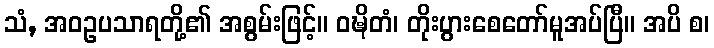
သံ, အဝဥပသာရတို့၏ အစွမ်းဖြင့်။ ဝဍ္ဎိတံ၊ တိုးပွားစေတော်မူအပ်ပြီ။ အပိ စ၊